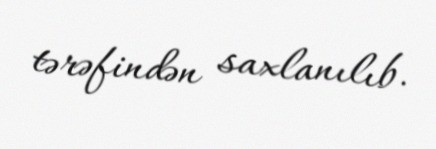
tərəfindən saxlanılıb.